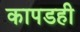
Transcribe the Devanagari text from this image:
कापडही